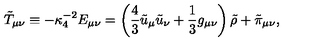
\tilde { T } _ { \mu \nu } \equiv - \kappa _ { 4 } ^ { - 2 } E _ { \mu \nu } = \left( { \frac { 4 } { 3 } } \tilde { u } _ { \mu } \tilde { u } _ { \nu } + { \frac { 1 } { 3 } } g _ { \mu \nu } \right) \tilde { \rho } + \tilde { \pi } _ { \mu \nu } ,